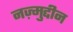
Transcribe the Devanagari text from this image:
नज़्मुद्दीन